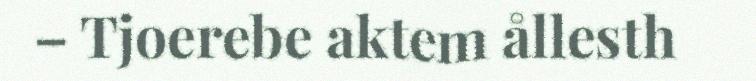
– Tjoerebe aktem ållesth